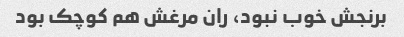
برنجش خوب نبود، ران مرغش هم کوچک بود